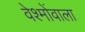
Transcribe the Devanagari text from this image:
वेश्मोंवाला